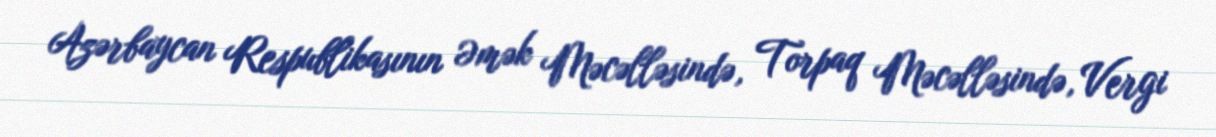
Azərbaycan Respublikasının Əmək Məcəlləsində, Torpaq Məcəlləsində, Vergi